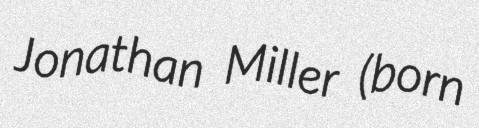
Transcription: Jonathan Miller (born